Vaccine operations Central Provinces & Berar 1922-1929 - 1922-1929
Year: 1922
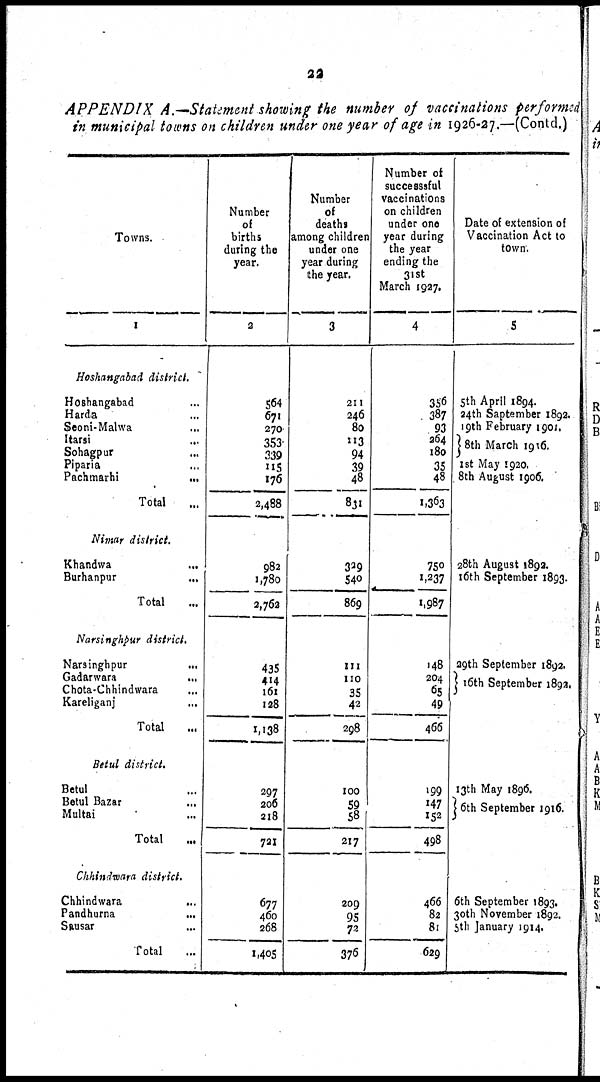
22
APPENDIX A.—Statement showing the number of vaccinations performed
in municipal towns on children under one year of age in 1926-27.—(Contd.)
Towns.
1
Hoshangabad district.
Hoshangabad ...
Harda ...
Seoni-Malwa ...
Itarsi ...
Sohagpur ...
Piparia ...
Pachmarhi
...
Total ...
Nimar district.
Khandwa ...
Burhanpur
...
Total ...
Narsinghpur district.
Narsinghpur
...
Gadarwara
...
Chota-Chhindwara ...
Kareliganj ...
Total ...
Betul district.
Betul ...
Betul Bazar ...
Multai ...
Total ...
Chhindwara district.
Chhindwara
...
Pandhurna ...
Sausar ...
Total ...
Number
of
births
during the
year.
2
564
671
270
353
339
115
176
2,488
982
1,780
2,762
435
414
161
128
1,138
297
206
218
731
677
460
268
1,405
Number
of
deaths
among children
under one
year during
the year.
3
211
246
80
113
94
39
48
831
329
540
869
111
110
35
42
298
100
59
58
217
209
95
72
376
Number of
successsful
vaccinations
on children
under one
year during
the year
ending the
31st
March 1927.
4
356
387
93
264
180
35
48
1,363
750
1,237
1,987
148
204
65
49
466
199
147
152
498
466
82
81
629
Date of extension of
Vaccination Act to
town.
5
5th April 1894.
24th Saptember 1892.
19th February 1901.
8th March 1916.
1st May 1920.
8th August 1906.
28th August 1892.
16th September 1893.
29th September 1892.
16th September 1892.
13th May 1896.
16th September 1916.
6th September 1893.
30th November 1892.
5th January 1914.